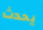
يحدث